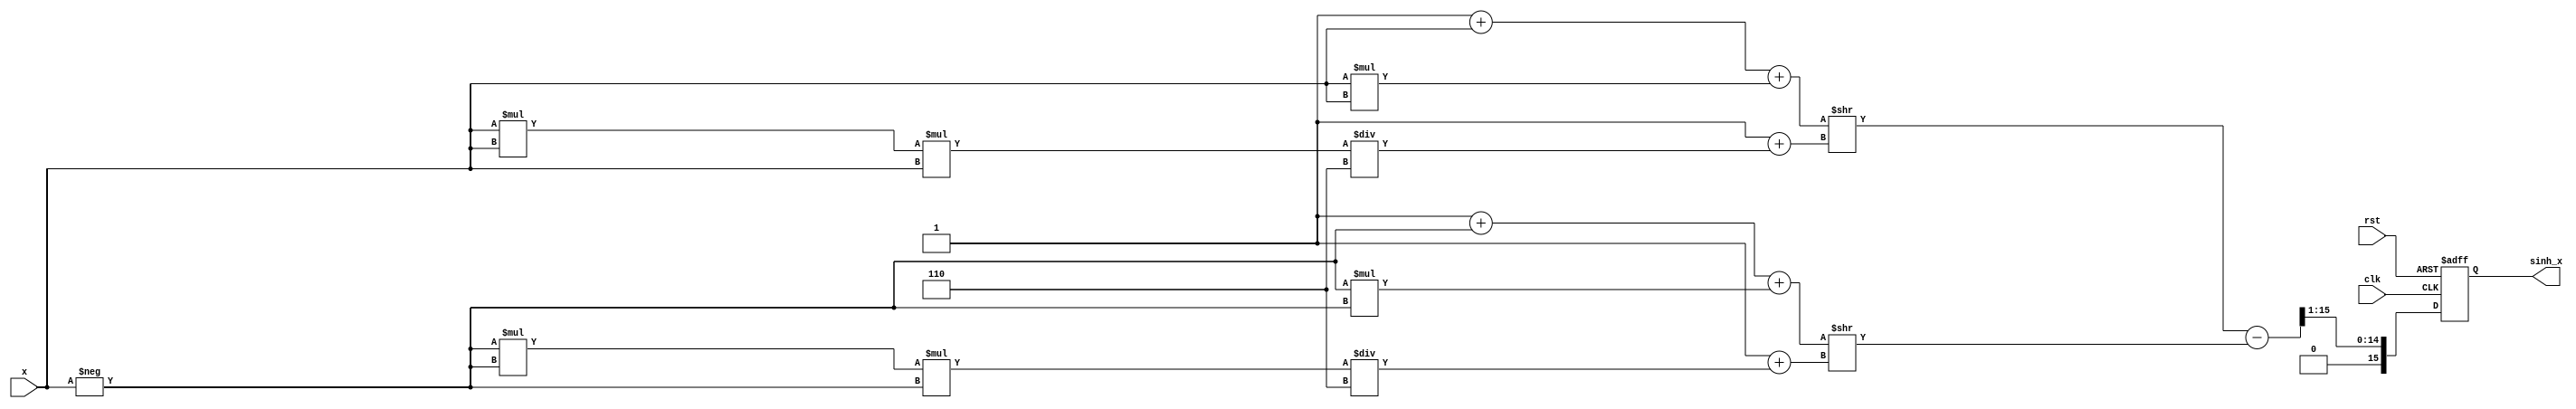
module sinh_arithmetic_block (
    input wire [15:0] x,          // Input value (fixed-point)
    output reg [15:0] sinh_x,     // Output value (sinh(x))
    input wire clk,               // Clock signal
    input wire rst                // Reset signal
);

    // Internal signals
    wire [15:0] exp_x;            // e^x
    wire [15:0] exp_neg_x;        // e^(-x)
    wire [15:0] exp_diff;         // e^x - e^(-x)
    wire [15:0] divided_result;   // (e^x - e^(-x)) / 2

    // Simple exponentiation unit (for demonstration purposes)
    // This should be replaced with a more accurate implementation
    function [15:0] exp_approx;
        input [15:0] val;
        begin
            // Simple approximation: e^x  1 + x + x^2/2! + x^3/3! (up to x^3)
            exp_approx = 16'h0001 + val + (val * val) >> 1 + (val * val * val) / 6;
        end
    endfunction

    // Exponentiation for e^x
    assign exp_x = exp_approx(x);

    // Exponentiation for e^(-x)
    assign exp_neg_x = exp_approx(-x);

    // Subtraction unit: e^x - e^(-x)
    assign exp_diff = exp_x - exp_neg_x;

    // Division unit: (e^x - e^(-x)) / 2
    assign divided_result = exp_diff >> 1; // Right shift by 1 for division by 2

    // Control logic to manage the output
    always @(posedge clk or posedge rst) begin
        if (rst) begin
            sinh_x <= 16'h0000; // Reset output
        end else begin
            sinh_x <= divided_result; // Update output with computed value
        end
    end

endmodule